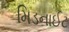
મિડનાઈટ